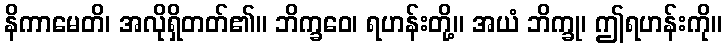
နိကာမေတိ၊ အလိုရှိတတ်၏။ ဘိက္ခဝေ၊ ရဟန်းတို့။ အယံ ဘိက္ခု၊ ဤရဟန်းကို။